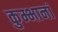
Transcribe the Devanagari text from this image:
कुम्भानां